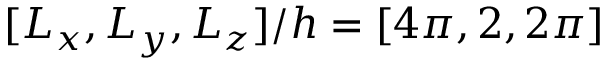
[ L _ { x } , L _ { y } , L _ { z } ] / h = [ 4 \pi , 2 , 2 \pi ]